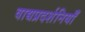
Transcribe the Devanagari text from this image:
वाद्यप्रदर्शनियाँ